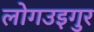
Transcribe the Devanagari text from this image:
लोगउइगुर